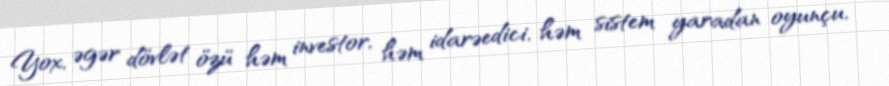
Yox, əgər dövlət özü həm investor, həm idarəedici, həm sistem yaradan oyunçu,